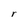
Character: r